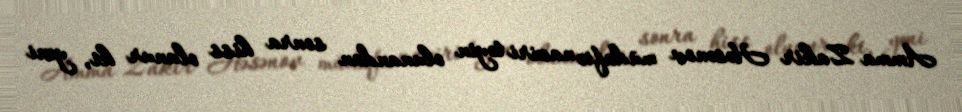
Amma Zakir Həsənov müdafiə naziri təyin olunandan sonra hiss olunur ki, yeni